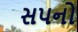
સપનો